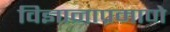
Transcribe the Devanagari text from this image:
विज्ञानाप्रमाणे